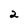
Character: 2